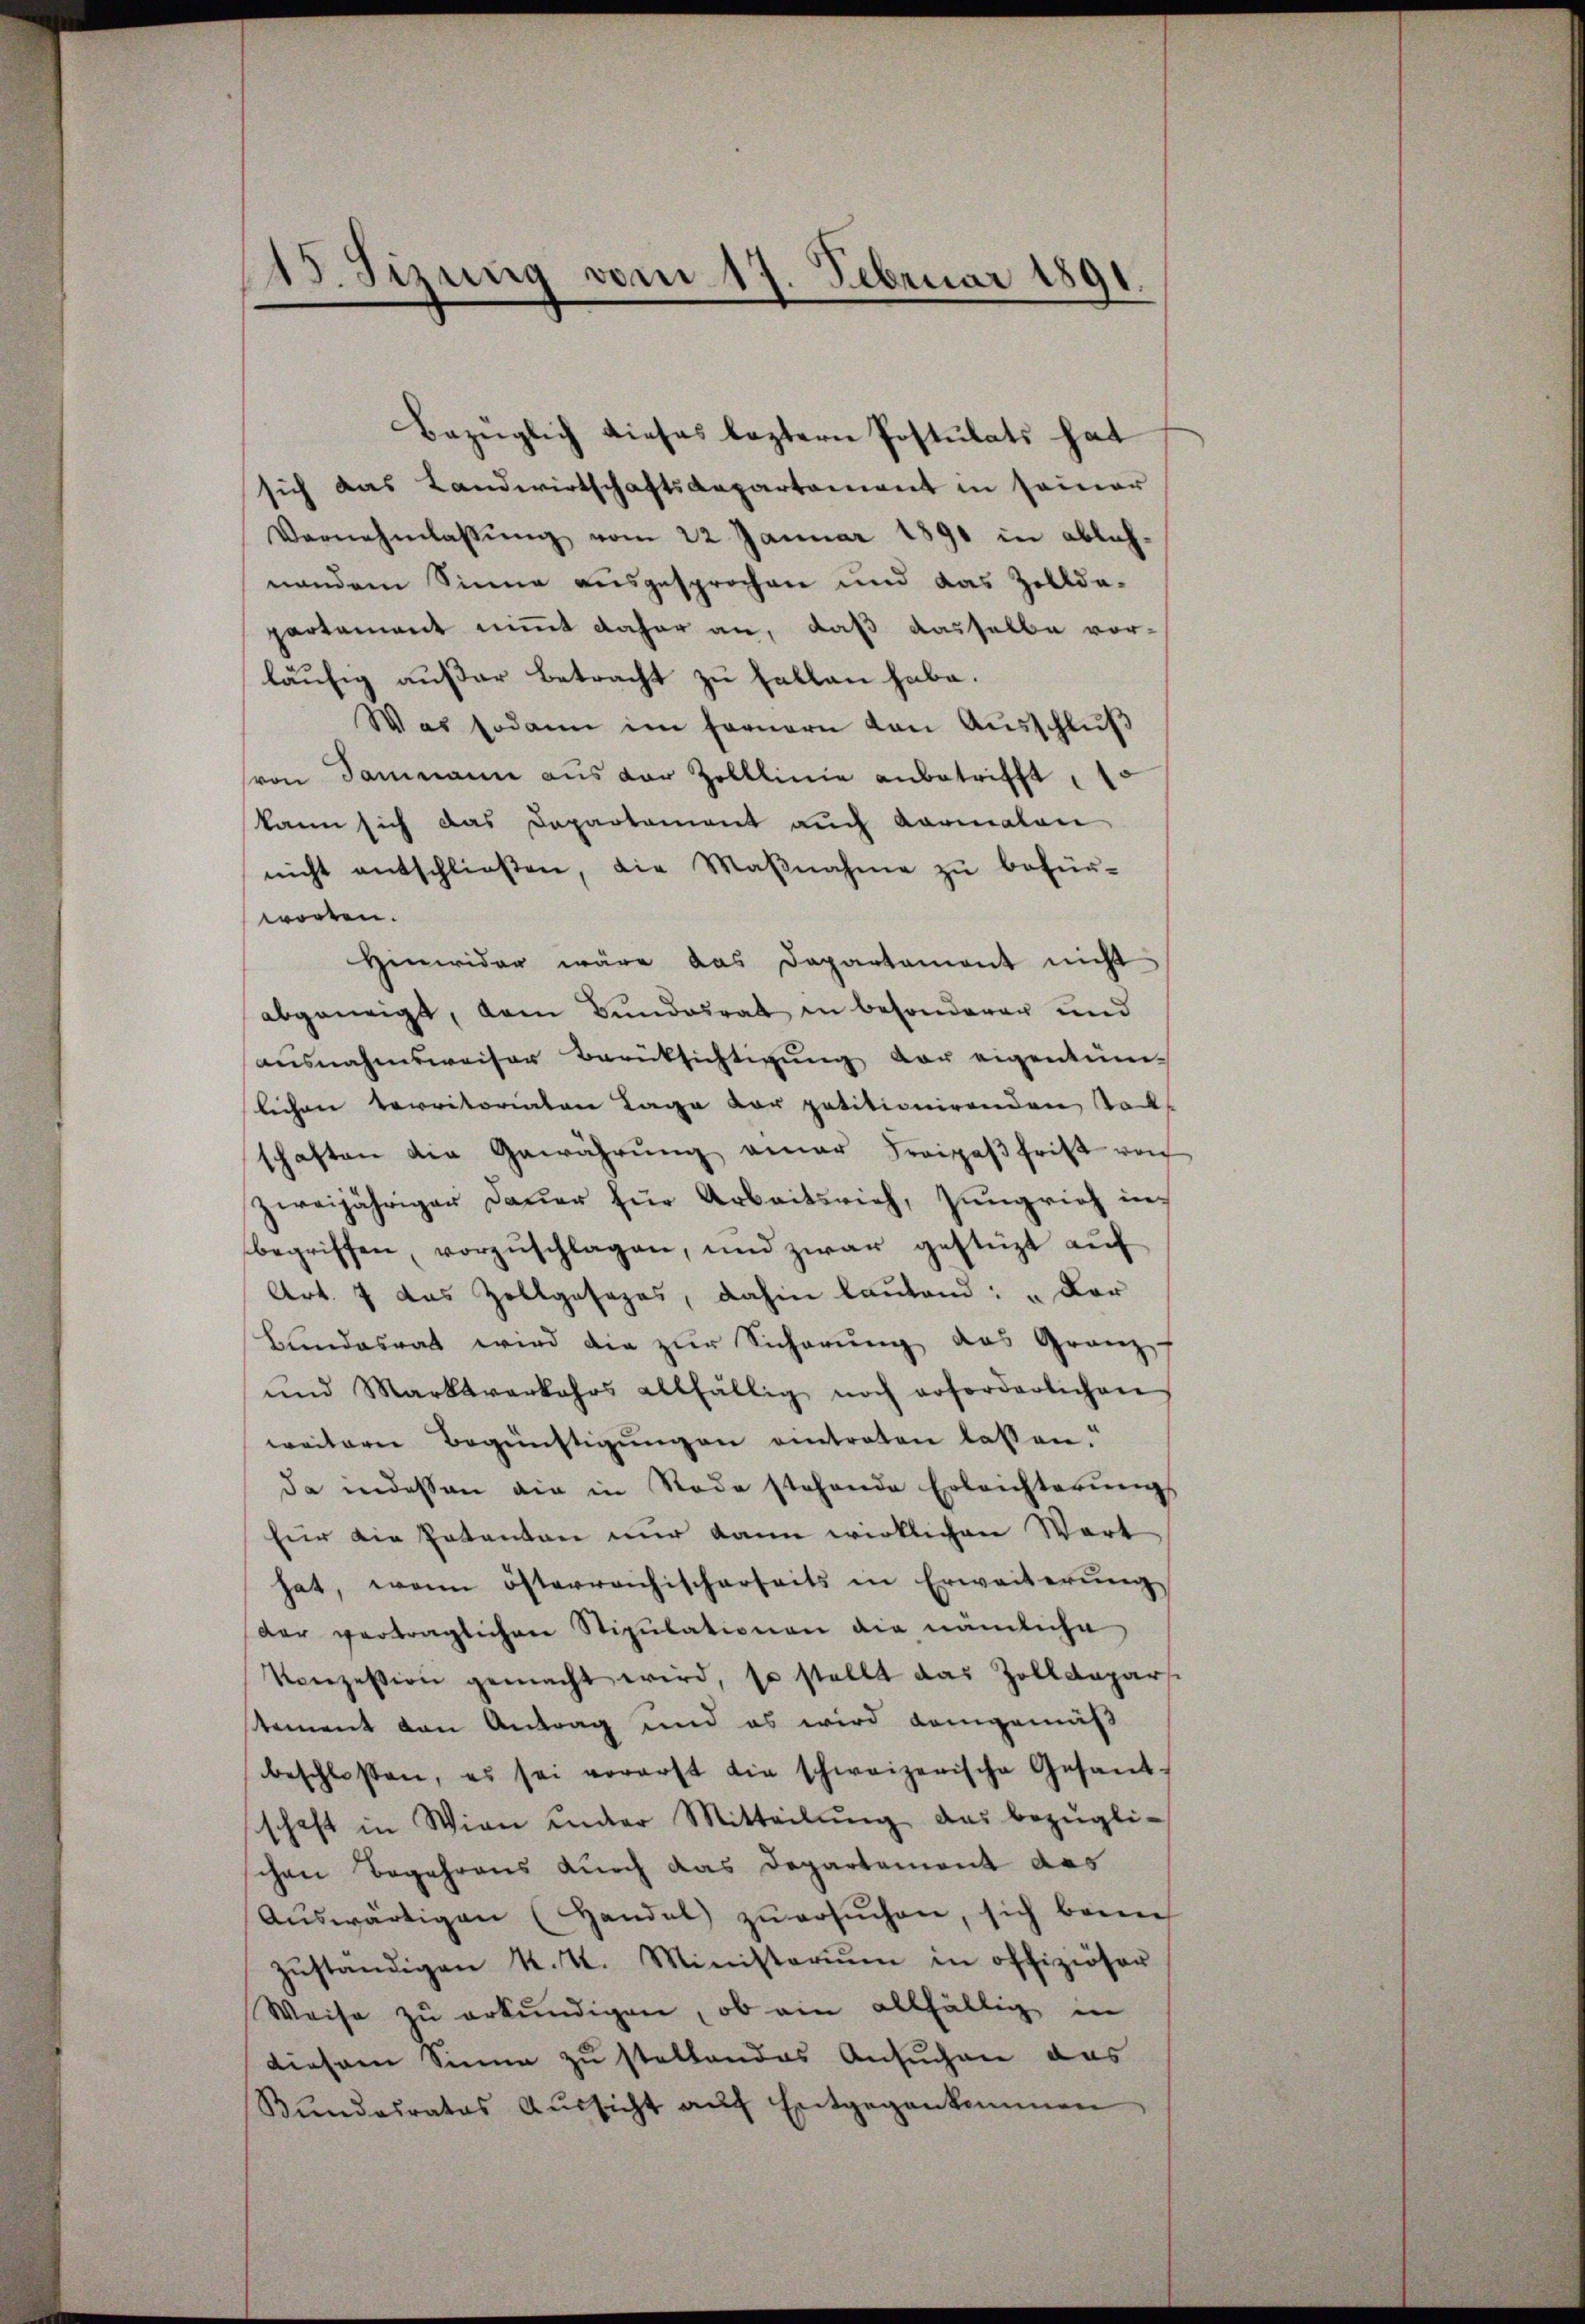
215. Sizung vom 17. Februar 1891

Bezüglich dieses leztern Postulats hat
sich das Landwirtschaftsdepartement in seiner
Vernehmlassŭng vom 22 Januar 1891 in ablehnendem Sinne ausgesprochen und das Zolldepartement nimmt daher an, daß dasselbe vor-
läufig außer Betracht zu fallen habe.
Was sodann im fernern von Aŭsschlŭβ
von Sammann aus der Zolllinie anbetrifft, 1
kann sich das Departement auch Kormalen
nicht entschlieβen, die Maβnahme zŭ befür-
worten.
Hinwider wäre das Departament nicht
abgeneigt, dem Bundesrat in besonderer und
aŭsnahmsweiser Berücksichtigŭng der eigentüm-
lichen territoriaten Lage der petitionirenden Stadt
schaften die Gewährŭng einer Freigpaβfrist von
zweijähriger Dauer für Arbeitsrich, Jungrich in
begriffen, vorzuschlagen, und zwar gestüzt auf
Art. 7 das Zollgasazes, dahin lautend: „Der
Bundesrat wird die zur Sicherung das Granz f
ŭnd Marktverkehrs allfällig noch erforderlichen
weiterer Begünstigungen eintreten lassen.
da indessen die in Tode stehende Erleichterŭng
für die Patenten nur dann wirklichen Wort
hat, wenn österreichischerseits in Erweiterŭng
der vertraglichen Stipulationen die nämliche
Konzession gemacht wird, so stellt das Zolldeparse
tement von Antrag und es wird demgemäß
beschlossen, es sei vorerst die schweizerische Gesand-
schaft in Wien unter Mitteilŭng das bezügli-
chen Begehrens durch das Departemont das
Aŭswärtigen (Handel zŭ ersŭchen, sich bann
zŭständigen k. k. Ministeriŭm in offiziöser
Weise zu erkundigen, ob ein allfällig in
diesem Sinne zu stellendes Ansuchen das
Kundesrates Aŭssicht aŭf Entgegenkommen